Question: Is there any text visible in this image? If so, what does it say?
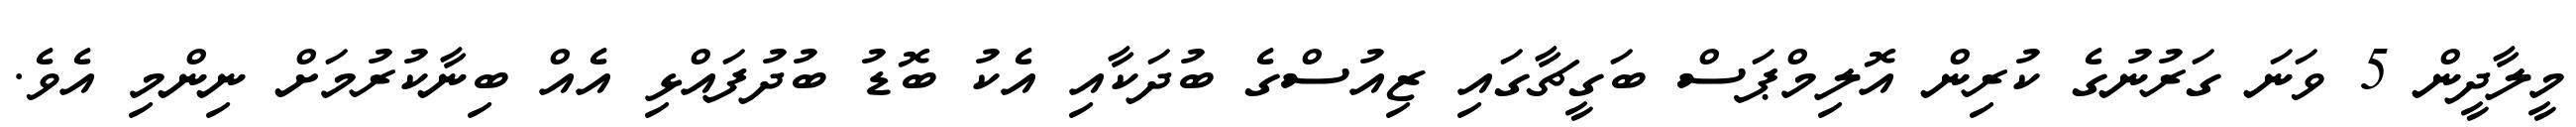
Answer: މީލާދީން 5 ވަނަ ގަރުނުގެ ކުރިން އޮލިމްޕަސް ބަގީޗާގައި ޒިއުސްގެ ބުދަކާއި އެކު ބޮޑު ބުދުފައްޅި އެއް ބިނާކުރުމަށް ނިންމި އެވެ.